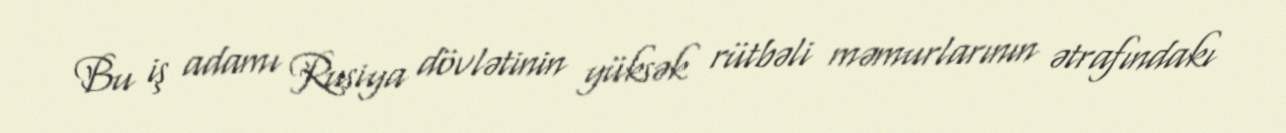
Bu iş adamı Rusiya dövlətinin yüksək rütbəli məmurlarının ətrafındakı